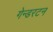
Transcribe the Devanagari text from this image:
गेन्डरटन